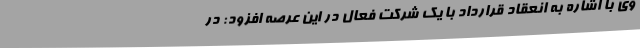
وی با اشاره به انعقاد قرارداد با یک شرکت فعال در این عرصه افزود: در